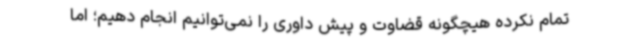
تمام نکرده هیچگونه قضاوت و پیش داوری را نمی‌توانیم انجام دهیم؛ اما